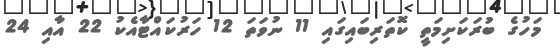
މަހުގެ ބުރަކަށިމަތީ ކޮތަރިބައިގައި 11 ނުވަތަ 12 ހަރުކައްޓާއެކު 22 އާއި 24